Indian journal of veterinary science and animal husbandry - Volumes 24-25, 1954-1955
Year: 1954
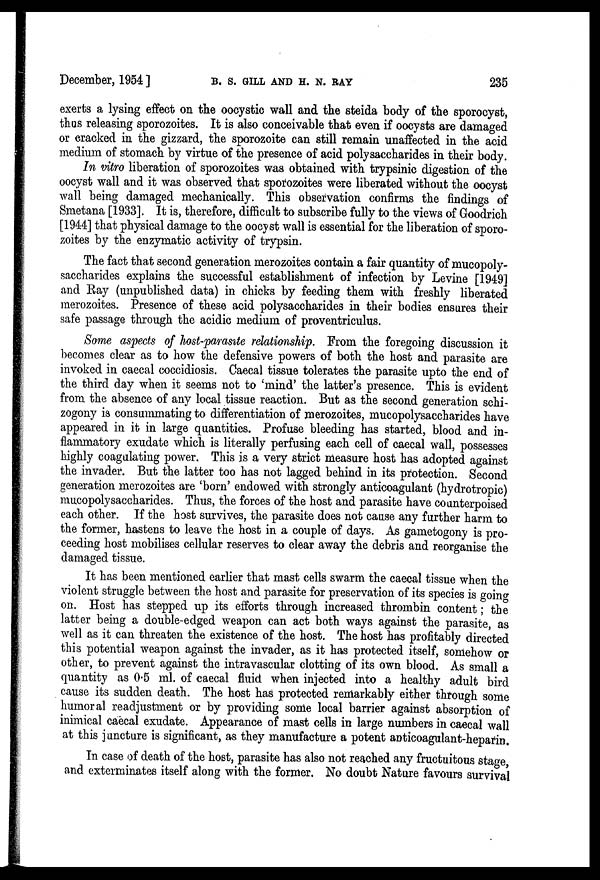
December, 1954 ]
B.
S.
GILL
AND
H.
N.
RAY
235
exerts a lysing effect on the oocystic wall and the steida body of the sporocyst,
thus releasing sporozoites. It is also conceivable that even if oocysts are damaged
or cracked in the gizzard, the sporozoite can still remain unaffected in the acid
medium of stomach by virtue of the presence of acid polysaccharides in their body.
In vitro liberation of sporozoites was obtained with trypsinic digestion of the
oocyst wall and it was observed that sporozoites were liberated without the oocyst
wall being damaged mechanically. This observation confirms the findings of
Smetana [1933]. It is, therefore, difficult to subscribe fully to the views of Goodrich
[1944] that physical damage to the oocyst wall is essential for the liberation of sporo-
zoites by the enzymatic activity of trypsin.
The fact that second generation merozoites contain a fair quantity of mucopoly-
saccharides explains the successful establishment of infection by Levine [1949]
and Ray (unpublished data) in chicks by feeding them with freshly liberated
merozoites. Presence of these acid polysaccharides in their bodies ensures their
safe passage through the acidic medium of proventriculus.
Some aspects of host-parasite relationship. From the foregoing discussion it
becomes clear as to how the defensive powers of both the host and parasite are
invoked in caecal coccidiosis. Caecal tissue tolerates the parasite upto the end of
the third day when it seems not to 'mind' the latter's presence. This is evident
from the absence of any local tissue reaction. But as the second generation schi-
zogony is consummating to differentiation of merozoites, mucopolysaccharides have
appeared in it in large quantities. Profuse bleeding has started, blood and in-
flammatory exudate which is literally perfusing each cell of caecal wall, possesses
highly coagulating power. This is a very strict measure host has adopted against
the invader. But the latter too has not lagged behind in its protection. Second
generation merozoites are 'born' endowed with strongly anticoagulant (hydrotropic)
mucopolysaccharides. Thus, the forces of the host and parasite have counterpoised
each other. If the host survives, the parasite does not cause any further harm to
the former, hastens to leave the host in a couple of days. As gametogony is pro-
ceeding host mobilises cellular reserves to clear away the debris and reorganise the
damaged tissue.
It has been mentioned earlier that mast cells swarm the caecal tissue when the
violent struggle between the host and parasite for preservation of its species is going
on. Host has stepped up its efforts through increased thrombin content ; the
latter being a double-edged weapon can act both ways against the parasite, as
well as it can threaten the existence of the host. The host has profitably directed
this potential weapon against the invader, as it has protected itself, somehow or
other, to prevent against the intravascular clotting of its own blood. As small a
quantity as 0.5 ml. of caecal fluid when injected into a healthy adult bird
cause its sudden death. The host has protected remarkably either through some
humoral readjustment or by providing some local barrier against absorption of
inimical caecal exudate. Appearance of mast cells in large numbers in caecal wall
at this juncture is significant, as they manufacture a potent anticoagulant-heparin.
In case of death of the host, parasite has also not reached any fructuitous stage,
and exterminates itself along with the former. No doubt Nature favours survival